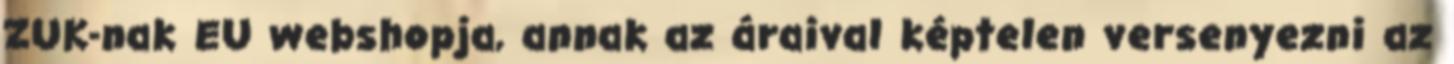
ZUK-nak EU webshopja, annak az áraival képtelen versenyezni az